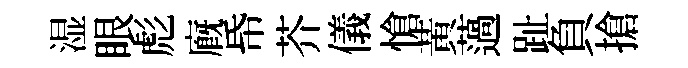
湿眼彪廐帋芥儀愴黃薖趾負搶